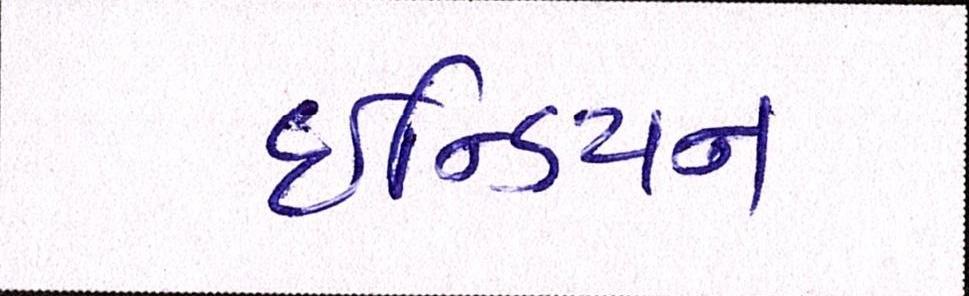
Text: ઇન્ડિયન